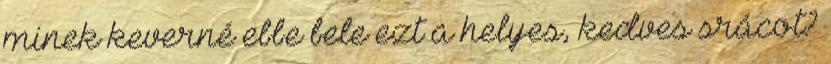
minek keverné ebbe bele ezt a helyes, kedves srácot?